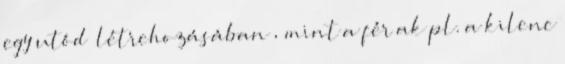
egy utód „létrehozásában”, mint a férﬁak pl. a kilenc